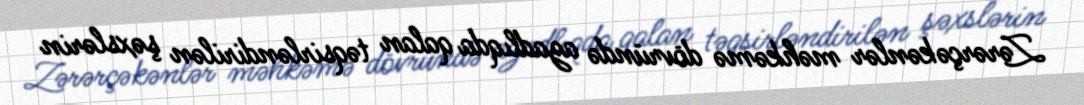
Zərərçəkənlər məhkəmə dövründə azadlıqda qalan təqsirləndirilən şəxslərin